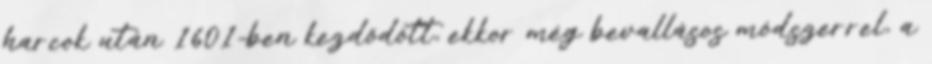
harcok után 1601-ben kezdődött, ekkor még bevallásos módszerrel, a